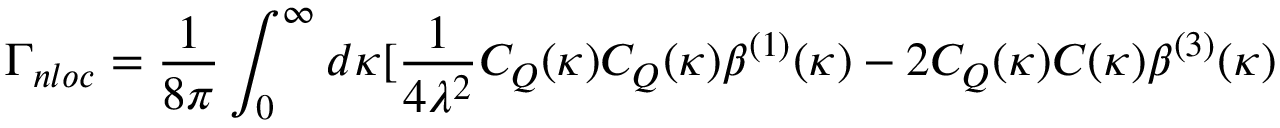
\Gamma _ { n l o c } = \frac { 1 } { 8 \pi } \int _ { 0 } ^ { \infty } d \kappa [ \frac { 1 } { 4 \lambda ^ { 2 } } C _ { Q } ( \kappa ) C _ { Q } ( \kappa ) \beta ^ { ( 1 ) } ( \kappa ) - 2 C _ { Q } ( \kappa ) C ( \kappa ) \beta ^ { ( 3 ) } ( \kappa )